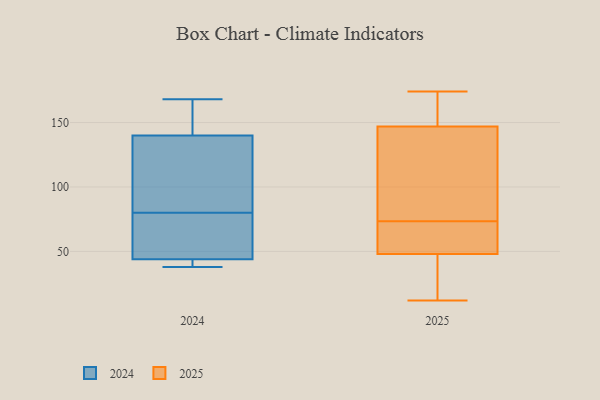
{"axis": {"x": "Production Output", "y": "Value"}, "legend": ["2024", "2025"], "data": [{"x": "", "y": 60, "type": "2024"}, {"x": "", "y": 155, "type": "2024"}, {"x": "", "y": 168, "type": "2024"}, {"x": "", "y": 140, "type": "2024"}, {"x": "", "y": 44, "type": "2024"}, {"x": "", "y": 38, "type": "2024"}, {"x": "", "y": 70, "type": "2024"}, {"x": "", "y": 99, "type": "2024"}, {"x": "", "y": 40, "type": "2024"}, {"x": "", "y": 90, "type": "2024"}, {"x": "", "y": 64, "type": "2025"}, {"x": "", "y": 174, "type": "2025"}, {"x": "", "y": 165, "type": "2025"}, {"x": "", "y": 149, "type": "2025"}, {"x": "", "y": 46, "type": "2025"}, {"x": "", "y": 101, "type": "2025"}, {"x": "", "y": 54, "type": "2025"}, {"x": "", "y": 145, "type": "2025"}, {"x": "", "y": 12, "type": "2025"}, {"x": "", "y": 50, "type": "2025"}, {"x": "", "y": 38, "type": "2025"}, {"x": "", "y": 83, "type": "2025"}]}